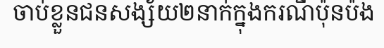
ចាប់ខ្លួនជនសង្ស័យ២នាក់ក្នុងករណីប៉ុនប៉ង